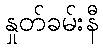
နှုတ်ခမ်းနီ